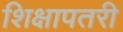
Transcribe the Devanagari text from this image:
शिक्षापतरी